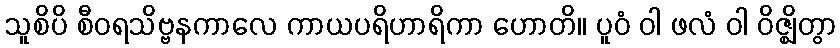
သူစိပိ စီဝရသိဗ္ဗနကာလေ ကာယပရိဟာရိကာ ဟောတိ။ ပူဝံ ဝါ ဖလံ ဝါ ဝိဇ္ဈိတွာ